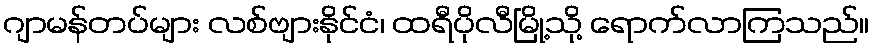
ဂျာမန်တပ်များ လစ်ဗျားနိုင်ငံ၊ ထရီပိုလီမြို့သို့ ရောက်လာကြသည်။